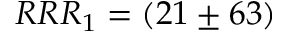
R R R _ { 1 } = ( 2 1 \pm 6 3 )